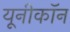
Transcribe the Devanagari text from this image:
यूनीकॉन